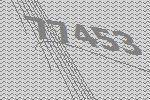
77453